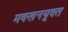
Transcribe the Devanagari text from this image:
मक्खनयुक्त